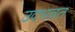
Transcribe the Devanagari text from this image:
उदभवत